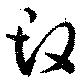
改